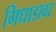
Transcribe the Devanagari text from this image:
गिधाडावर